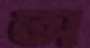
অ